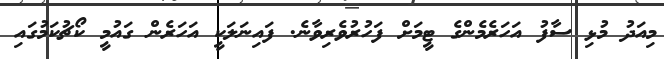
މިއަދު މުޅި ސާފު އަހަރެމެންގެ ޓީމަށް ފަހުރުވެރިވާނެ. ފައިނަލަކީ އަހަރެން ގައުމީ ކޯޗުކަމުގައި